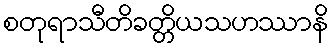
စတုရာသီတိခတ္တိယသဟဿာနိ